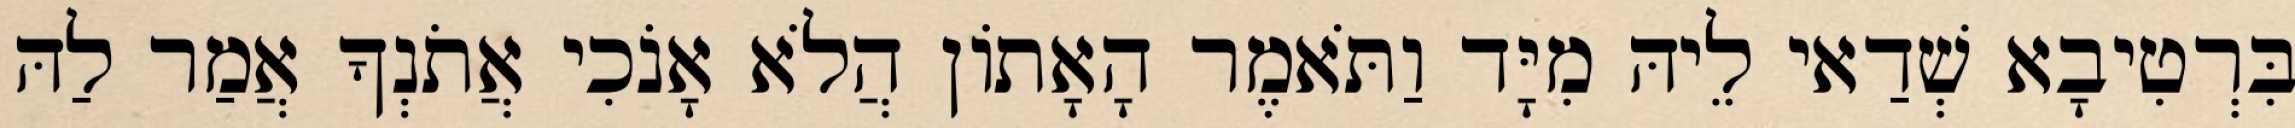
בִּרְטִיבָא שְׁדַאי לֵיהּ מִיָּד וַתֹּאמֶר הָאָתוֹן הֲלֹא אָנֹכִי אֲתֹנְךָ אֲמַר לַהּ